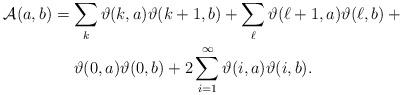
LaTeX: \begin{align*} \mathcal{A}(a, b) &= \sum_k \vartheta(k, a)\vartheta(k + 1, b) + \sum_\ell \vartheta(\ell + 1, a)\vartheta(\ell, b) + {}\\ &\phantom{{} = {}} \vartheta(0, a)\vartheta(0, b) + 2\sum_{i = 1}^\infty \vartheta(i, a)\vartheta(i, b). \end{align*}